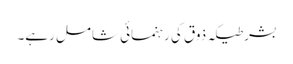
بشرطیکہ ذوق کی رہنمائی شامل رہے۔